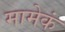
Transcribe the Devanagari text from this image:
मामेकं